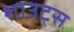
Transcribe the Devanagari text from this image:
शाउट्स